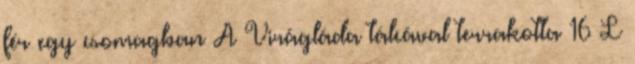
fér egy csomagban A Virágláda tálcával terrakotta 16 L